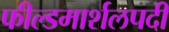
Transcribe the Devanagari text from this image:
फील्डमार्शलपदी